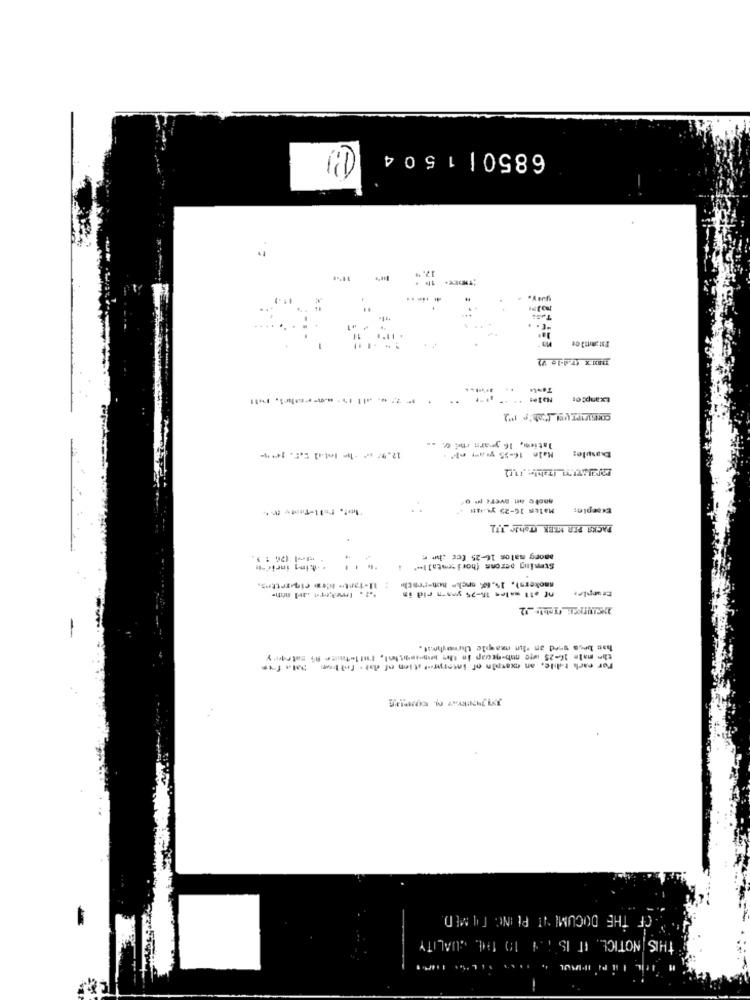
6850 | 1504
17. "
*THDEY+
Exanpt Or
Tatiem, 16 years me C. ..
Male 16-35 yrayr el.
Exasule:
Males 10-25 yı-44#
Exseplas
PACKS PER MLEK (Tohle _UTL
among malos 16-25 fer che
* king inrio-#
Stemming serons (horisontalle"
nf 211 males 15-25 yos-n rid in
Ersepler
hat bens goed an "lin example throughnot.
the male 16-25 wte nb-necap in thee ww-mit tel, I'ntletniite Ai category
For each table, an example of interpret ation of dat: follow Data fixe
OF THE DOCUMENT PLING TUMED
THIS NOTICE, IT IS 1 4 10 THE QUALITY